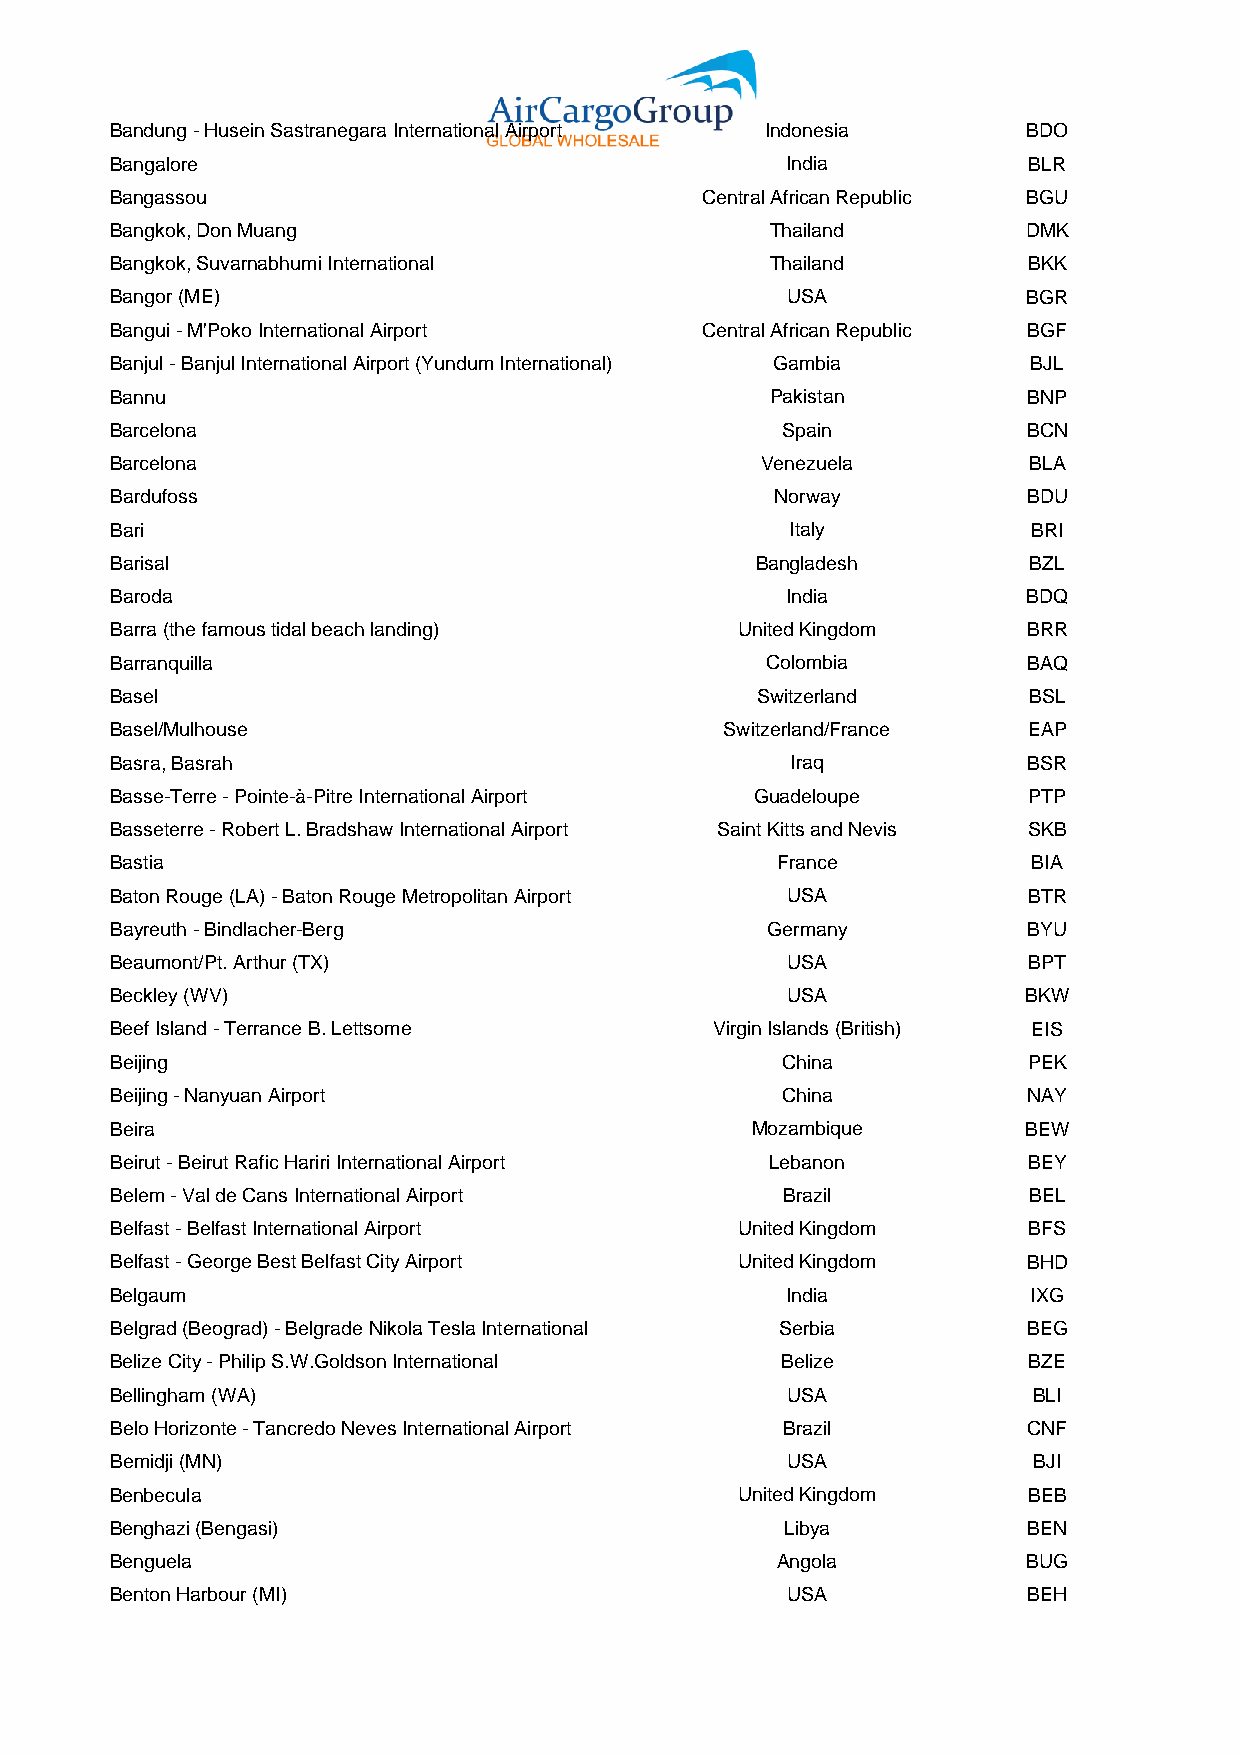
Bandung - Husein Sastranegara International Airport Indonesia BDO
 Bangalore                                    India           BLR
 Bangassou                              Central African Republic BGU
 Bangkok, Don Muang                          Thailand         DMK
 Bangkok, Suvarnabhumi International         Thailand         BKK
 Bangor (ME)                                  USA             BGR
 Bangui - M'Poko International Airport  Central African Republic BGF
 Banjul - Banjul International Airport (Yundum International) Gambia BJL
 Bannu                                       Pakistan         BNP
 Barcelona                                    Spain           BCN
 Barcelona                                  Venezuela         BLA
 Bardufoss                                   Norway           BDU
 Bari                                         Italy           BRI
 Barisal                                    Bangladesh        BZL
 Baroda                                       India           BDQ
 Barra (the famous tidal beach landing)    United Kingdom     BRR
 Barranquilla                                Colombia         BAQ
 Basel                                      Switzerland       BSL
 Basel/Mulhouse                           Switzerland/France  EAP
 Basra, Basrah                                Iraq            BSR
 Basse-Terre - Pointe-à-Pitre International Airport Guadeloupe PTP
 Basseterre - Robert L. Bradshaw International Airport Saint Kitts and Nevis SKB
 Bastia                                      France           BIA
 Baton Rouge (LA) - Baton Rouge Metropolitan Airport USA      BTR
 Bayreuth - Bindlacher-Berg                  Germany          BYU
 Beaumont/Pt. Arthur (TX)                     USA             BPT
 Beckley (WV)                                 USA             BKW
 Beef Island - Terrance B. Lettsome      Virgin Islands (British) EIS
 Beijing                                      China           PEK
 Beijing - Nanyuan Airport                    China           NAY
 Beira                                      Mozambique        BEW
 Beirut - Beirut Rafic Hariri International Airport Lebanon   BEY
 Belem - Val de Cans International Airport    Brazil          BEL
 Belfast - Belfast International Airport   United Kingdom     BFS
 Belfast - George Best Belfast City Airport United Kingdom    BHD
 Belgaum                                      India           IXG
 Belgrad (Beograd) - Belgrade Nikola Tesla International Serbia BEG
 Belize City - Philip S.W.Goldson International Belize        BZE
 Bellingham (WA)                              USA             BLI
 Belo Horizonte - Tancredo Neves International Airport Brazil CNF
 Bemidji (MN)                                 USA             BJI
 Benbecula                                 United Kingdom     BEB
 Benghazi (Bengasi)                           Libya           BEN
 Benguela                                    Angola           BUG
 Benton Harbour (MI)                          USA             BEH